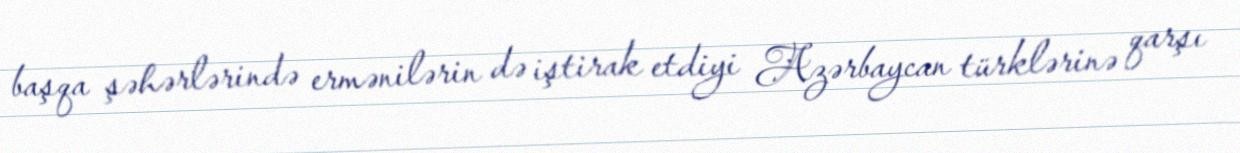
başqa şəhərlərində ermənilərin də iştirak etdiyi Azərbaycan türklərinə qarşı